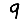
Digit: 9